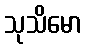
သုသိမော